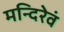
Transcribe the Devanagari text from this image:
मन्दिरेवं